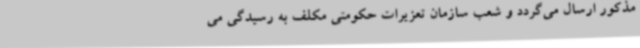
مذکور ارسال می‌گردد و شعب سازمان تعزیرات حکومتی مکلف به رسیدگی می